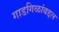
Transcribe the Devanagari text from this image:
गाडगिळांबद्दल